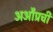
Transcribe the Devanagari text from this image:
अऔप्रची